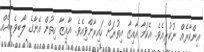
އިންކާރެއް ނުކުރިއެވެ. އެކަމާ އާއިޒާ އިތުރަށް ހައިރާންވިއެވެ. އާއިޒާ ހިތުން އޭނާގެ ލޯބިވެރިއެއް